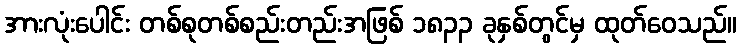
အားလုံးပေါင်း တစ်စုတစ်စည်းတည်းအဖြစ် ၁၈၃၃ ခုနှစ်တွင်မှ ထုတ်ဝေသည်။